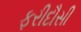
ફરીદૌસી